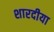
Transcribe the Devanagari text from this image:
शारदीया